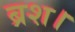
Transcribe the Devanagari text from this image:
ब्रश।